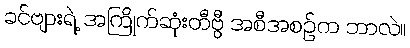
ခင်ဗျားရဲ့ အကြိုက်ဆုံးတီဗွီ အစီအစဉ်က ဘာလဲ။